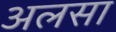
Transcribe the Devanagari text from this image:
अलसा